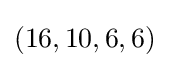
(16,10,6,6)